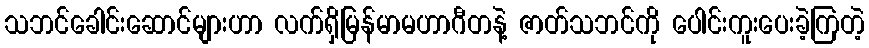
သဘင်ခေါင်းဆောင်များဟာ လက်ရှိမြန်မာမဟာဂီတနဲ့ ဇာတ်သဘင်ကို ပေါင်းကူးပေးခဲ့ကြတဲ့